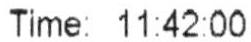
TIME: 11:42:00